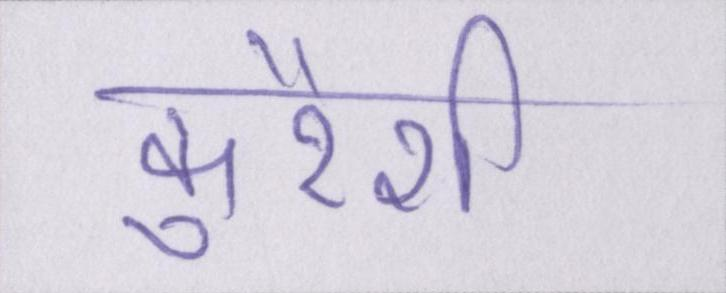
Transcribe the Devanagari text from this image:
कुरैशी